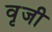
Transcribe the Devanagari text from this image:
वृजी